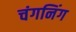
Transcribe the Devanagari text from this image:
चंगनिंग